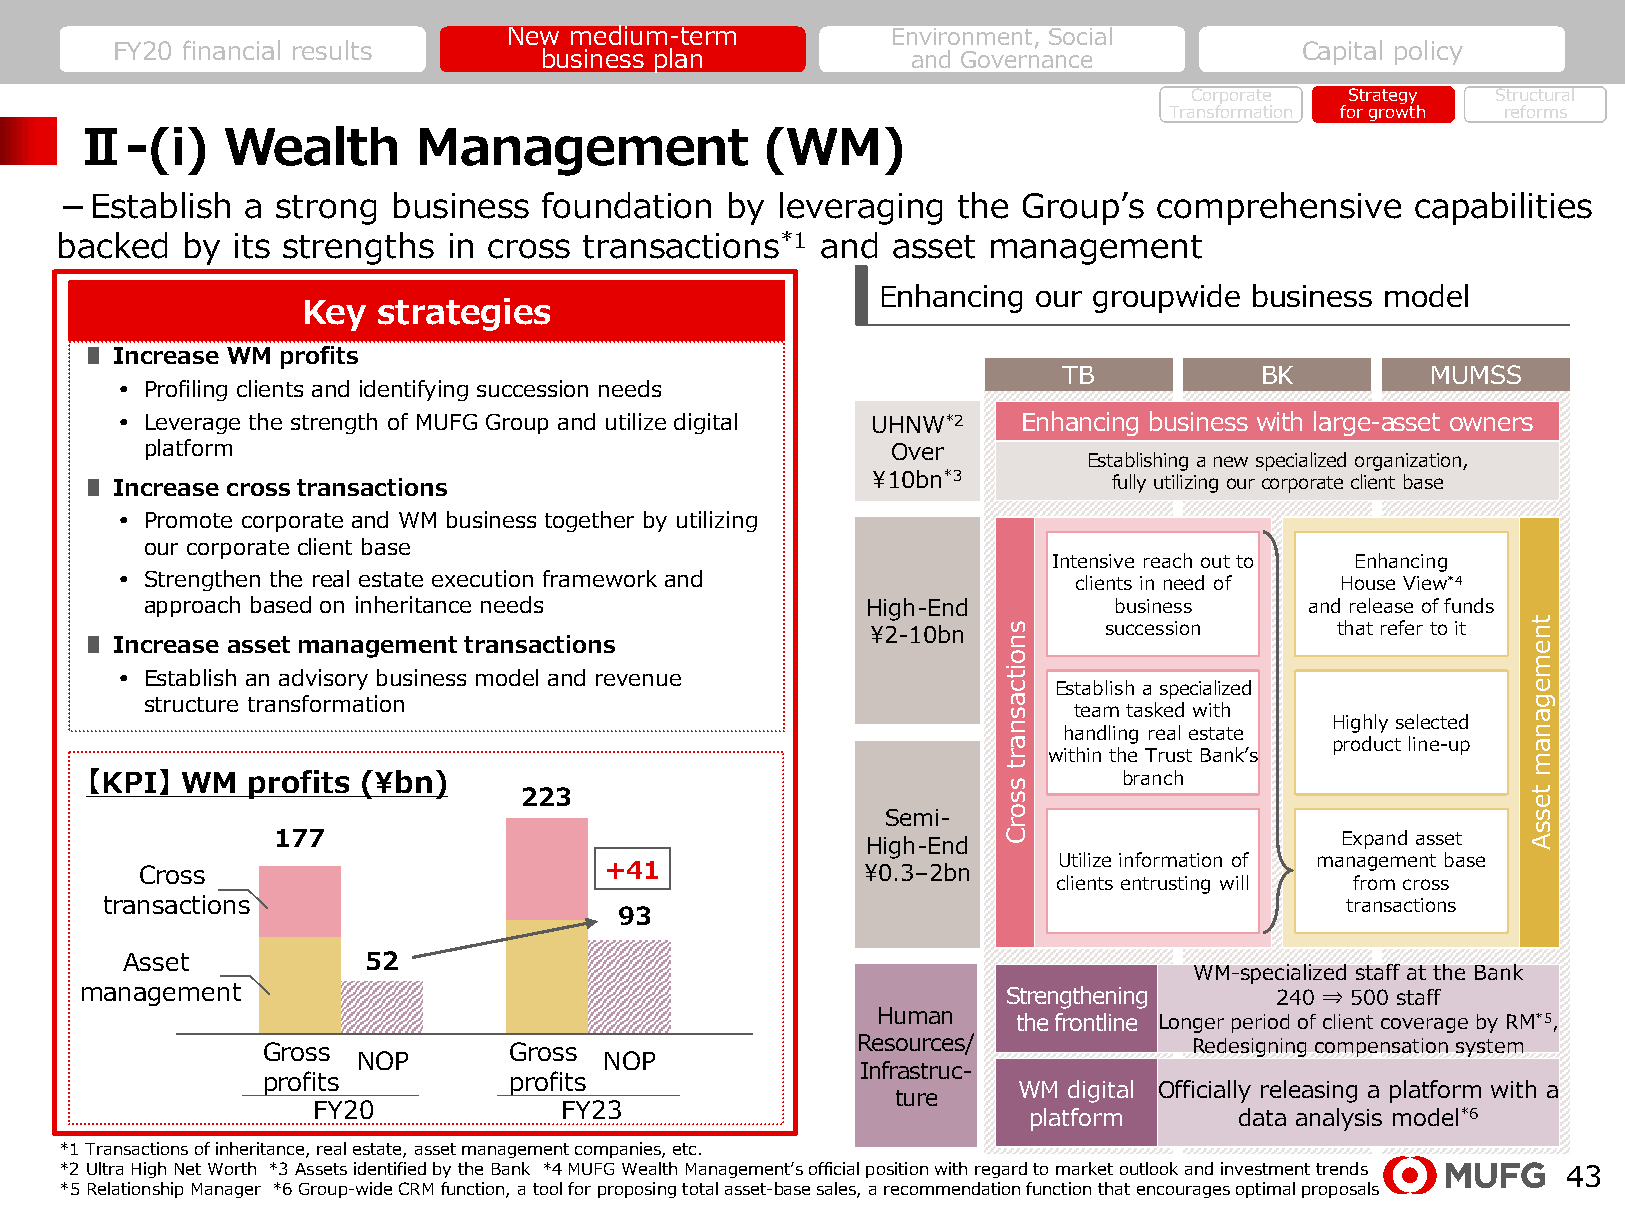
New medium-term          Environment, Social
 FY20 financial results                                                         Capital policy
 business plan           and Governance
 Corporate Strategy  Structural
 Transformation for growth reforms
 Ⅱ-(i)     Wealth       Management            (WM)
 －Establish  a strong  business  foundation  by leveraging  the  Group’s  comprehensive    capabilities
 backed  by its strengths  in cross transactions*1 and  asset management
 Enhancing  our groupwide business model
 Key  strategies
 ∎ Increase WM profits
 TB           BK          MUMSS
 • Profiling clients and identifying succession needs
 • Leverage the strength of MUFG Group and utilize digital UHNW*2 Enhancing business with large-asset owners
 platform                                         Over
 Establishing a new specialized organization,
 ∎ Increase cross transactions
 ¥10bn*3
 fully utilizing ourcorporate client base
 • Promote corporate and WM business together by utilizing
 our corporate client base
 Intensive reach out to Enhancing
 • Strengthen the real estate execution framework and           clients in need of House View*4
 approach based on inheritance needs            High-End         business     and release of funds
 ¥2-10bn        succession     that refer to it
 ∎ Increase asset management transactions
 • Establish an advisory business model and revenue
 Establish a specialized
 structure transformation
 team tasked with
 Highly selected
 handling real estate
 product line-up
 within the Trust Bank’s
 【KPI】 WM  profits (¥bn)                                             branch
 223
 Semi-
 177                                                                    Expand asset
 High-End
 Utilize information of management base
 Cross                          +41              ¥0.3–2bn
 clients entrusting will from cross
 transactions                                                                      transactions
 93
 Asset           52
 WM-specialized staff at the Bank
 management                                                    Strengthening    240 ⇒ 500 staff
 Human    the frontline Longer period of client coverage by RM*5,
 Gross            Gross                  Resources/            Redesigning compensation system
 NOP             NOP
 Infrastruc-
 profits          profits
 WM  digital Officially releasing a platform with a
 ture
 FY20            FY23                           platform      data analysis model*6
 *1 Transactions of inheritance, real estate, asset management companies, etc.
 *2 Ultra High Net Worth *3 Assetsidentified by the Bank *4 MUFG Wealth Management’s official position with regard to market outlook and investment trends 43
 *5 Relationship Manager *6 Group-wide CRM function, a tool for proposing total asset-base sales, a recommendation function that encourages optimal proposals
 snoitcasnart
 ssorC
 tnemeganam
 tessA